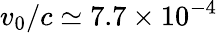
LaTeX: v_{0}/c\simeq 7.7\times 10^{-4}